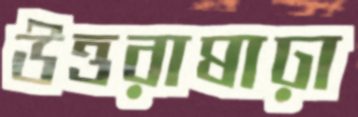
উত্তরাষাঢ়া